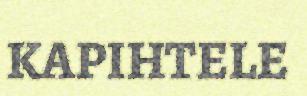
KAPIHTELE